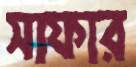
সাফার